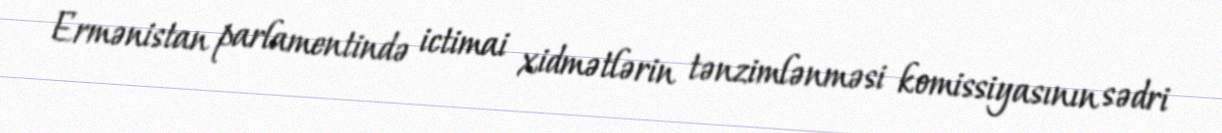
Ermənistan parlamentində ictimai xidmətlərin tənzimlənməsi komissiyasının sədri